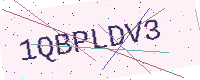
Text: 1QBPLDV3